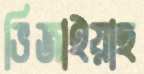
ভিজাইয়াছ